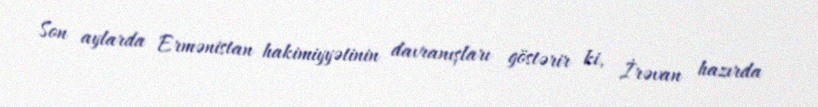
Son aylarda Ermənistan hakimiyyətinin davranışları göstərir ki, İrəvan hazırda